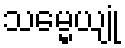
သမ္မေယျုံ